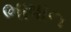
ભાષાન